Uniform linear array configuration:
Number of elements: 48
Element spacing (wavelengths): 1
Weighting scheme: exponential
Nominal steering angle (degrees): -30
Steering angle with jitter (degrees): -31.791
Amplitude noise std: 0.05
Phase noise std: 0.05

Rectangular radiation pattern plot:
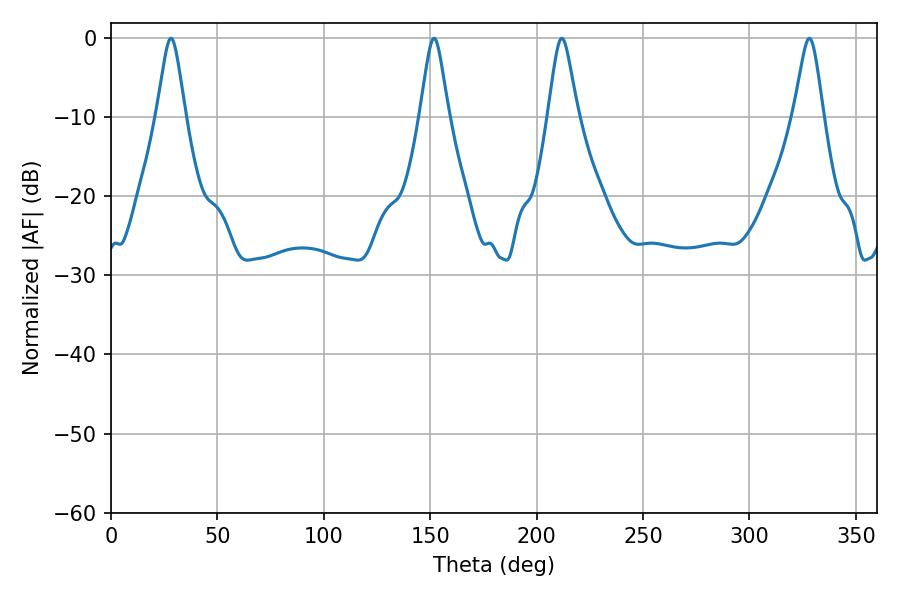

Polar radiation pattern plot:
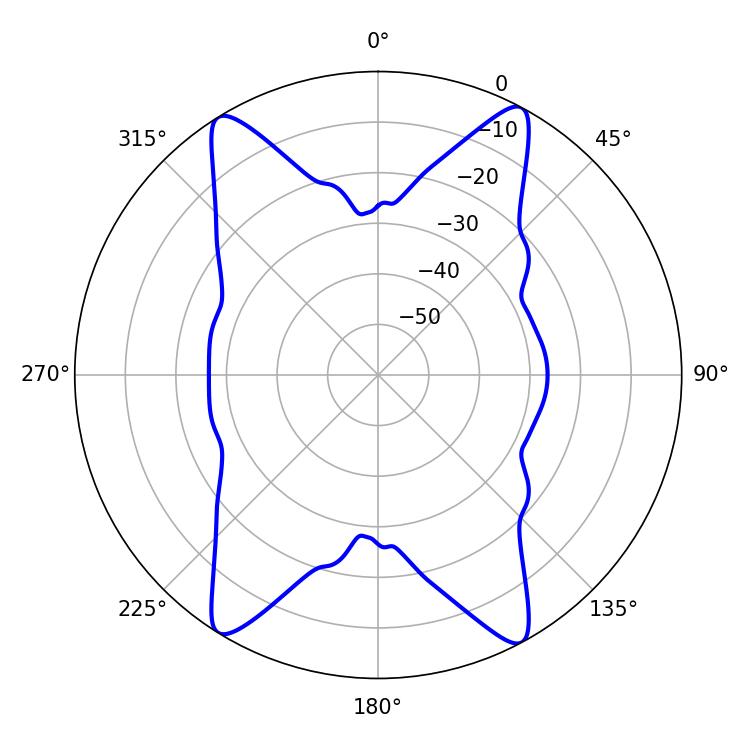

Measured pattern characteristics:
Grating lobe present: TRUE
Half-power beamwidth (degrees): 6.66
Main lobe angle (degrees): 328.14